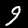
Digit: 9